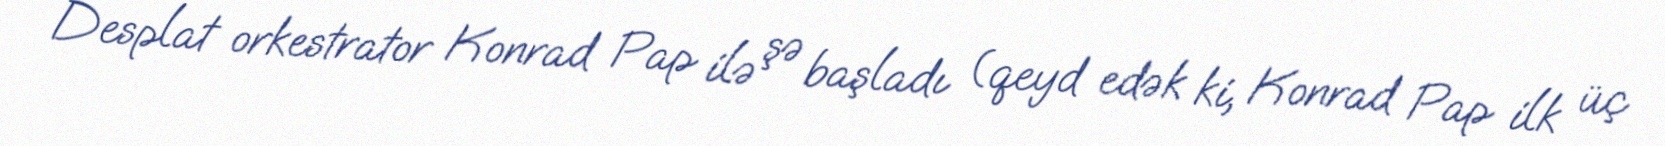
Desplat orkestrator Konrad Pap ilə şə başladı (qeyd edək ki, Konrad Pap ilk üç